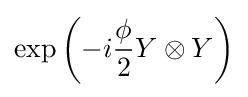
\exp \left(-i{\frac {\phi }{2}}Y\otimes Y\right)